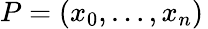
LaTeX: P=(x_{0},\ldots,x_{n})\,